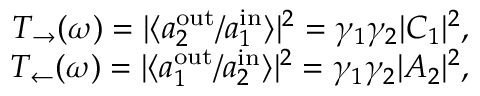
\begin{array} { r } { T _ { \rightarrow } ( \omega ) = | \langle a _ { 2 } ^ { \mathrm { o u t } } / a _ { 1 } ^ { \mathrm { i n } } \rangle | ^ { 2 } = \gamma _ { 1 } \gamma _ { 2 } | C _ { 1 } | ^ { 2 } , } \\ { T _ { \leftarrow } ( \omega ) = | \langle a _ { 1 } ^ { \mathrm { o u t } } / a _ { 2 } ^ { \mathrm { i n } } \rangle | ^ { 2 } = \gamma _ { 1 } \gamma _ { 2 } | A _ { 2 } | ^ { 2 } , } \end{array}